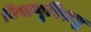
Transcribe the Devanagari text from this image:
विषाणूविरुद्ध